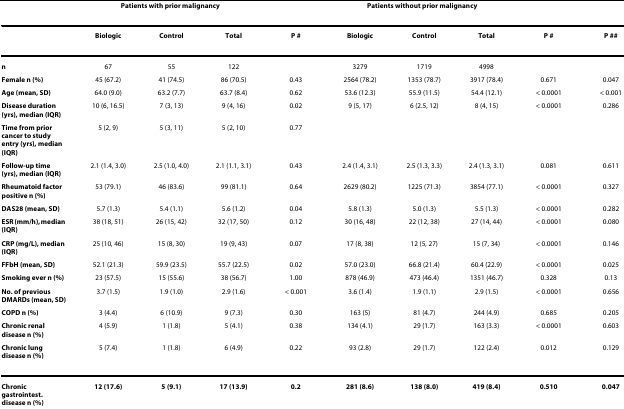
<table><thead><tr><td></td><td colspan="3"><b>Patients with prior malignancy</b></td><td></td><td colspan="3"><b>Patients without prior malignancy</b></td><td></td><td></td></tr></thead><tbody><tr><td></td><td><b>Biologic</b></td><td><b>Control</b></td><td><b>Total</b></td><td><b><i>P </i>#</b></td><td><b>Biologic</b></td><td><b>Control</b></td><td><b>Total</b></td><td><b><i>P </i>#</b></td><td><b><i>P </i>##</b></td></tr><tr><td><b>n</b></td><td>67</td><td>55</td><td>122</td><td></td><td>3279</td><td>1719</td><td>4998</td><td></td><td></td></tr><tr><td><b>Female n (%)</b></td><td>45 (67.2)</td><td>41 (74.5)</td><td>86 (70.5)</td><td>0.43</td><td>2564 (78.2)</td><td>1353 (78.7)</td><td>3917 (78.4)</td><td>0.671</td><td>0.047</td></tr><tr><td><b>Age (mean, SD)</b></td><td>64.0 (9.0)</td><td>63.2 (7.7)</td><td>63.7 (8.4)</td><td>0.62</td><td>53.6 (12.3)</td><td>55.9 (11.5)</td><td>54.4 (12.1)</td><td>&lt; 0.0001</td><td>&lt; 0.001</td></tr><tr><td><b>Disease duration (yrs), median (IQR)</b></td><td>10 (6, 16.5)</td><td>7 (3, 13)</td><td>9 (4, 16)</td><td>0.02</td><td>9 (5, 17)</td><td>6 (2.5, 12)</td><td>8 (4, 15)</td><td>&lt; 0.0001</td><td>0.286</td></tr><tr><td><b>Time from prior cancer to study entry (yrs), median (IQR)</b></td><td>5 (2, 9)</td><td>5 (3, 11)</td><td>5 (2, 10)</td><td>0.77</td><td></td><td></td><td></td><td></td><td></td></tr><tr><td><b>Follow-up time (yrs), median (IQR)</b></td><td>2.1 (1.4, 3.0)</td><td>2.5 (1.0, 4.0)</td><td>2.1 (1.1, 3.1)</td><td>0.43</td><td>2.4 (1.4, 3.1)</td><td>2.5 (1.3, 3.3)</td><td>2.4 (1.3, 3.1)</td><td>0.081</td><td>0.611</td></tr><tr><td><b>Rheumatoid factor positive n (%)</b></td><td>53 (79.1)</td><td>46 (83.6)</td><td>99 (81.1)</td><td>0.64</td><td>2629 (80.2)</td><td>1225 (71.3)</td><td>3854 (77.1)</td><td>&lt; 0.0001</td><td>0.327</td></tr><tr><td><b>DAS28 (mean, SD)</b></td><td>5.7 (1.3)</td><td>5.4 (1.1)</td><td>5.6 (1.2)</td><td>0.04</td><td>5.8 (1.3)</td><td>5.0 (1.3)</td><td>5.5 (1.3)</td><td>&lt; 0.0001</td><td>0.282</td></tr><tr><td><b>ESR (mm/h), median (IQR)</b></td><td>38 (18, 51)</td><td>26 (15, 42)</td><td>32 (17, 50)</td><td>0.12</td><td>30 (16, 48)</td><td>22 (12, 38)</td><td>27 (14, 44)</td><td>&lt; 0.0001</td><td>0.080</td></tr><tr><td><b>CRP (mg/L), median (IQR)</b></td><td>25 (10, 46)</td><td>15 (8, 30)</td><td>19 (9, 43)</td><td>0.07</td><td>17 (8, 38)</td><td>12 (5, 27)</td><td>15 (7, 34)</td><td>&lt; 0.0001</td><td>0.146</td></tr><tr><td><b>FFbH (mean, SD)</b></td><td>52.1 (21.3)</td><td>59.9 (23.5)</td><td>55.7 (22.5)</td><td>0.02</td><td>57.0 (23.0)</td><td>66.8 (21.4)</td><td>60.4 (22.9)</td><td>&lt; 0.0001</td><td>0.025</td></tr><tr><td><b>Smoking ever n (%)</b></td><td>23 (57.5)</td><td>15 (55.6)</td><td>38 (56.7)</td><td>1.00</td><td>878 (46.9)</td><td>473 (46.4)</td><td>1351 (46.7)</td><td>0.328</td><td>0.13</td></tr><tr><td><b>No. of previous DMARDs (mean, SD)</b></td><td>3.7 (1.5)</td><td>1.9 (1.0)</td><td>2.9 (1.6)</td><td>&lt; 0.001</td><td>3.6 (1.4)</td><td>1.9 (1.1)</td><td>2.9 (1.5)</td><td>&lt; 0.0001</td><td>0.656</td></tr><tr><td><b>COPD n (%)</b></td><td>3 (4.4)</td><td>6 (10.9)</td><td>9 (7.3)</td><td>0.30</td><td>163 (5)</td><td>81 (4.7)</td><td>244 (4.9)</td><td>0.685</td><td>0.205</td></tr><tr><td><b>Chronic renal disease n (%)</b></td><td>4 (5.9)</td><td>1 (1.8)</td><td>5 (4.1)</td><td>0.38</td><td>134 (4.1)</td><td>29 (1.7)</td><td>163 (3.3)</td><td>&lt; 0.0001</td><td>0.603</td></tr><tr><td><b>Chronic lung disease n (%)</b></td><td>5 (7.4)</td><td>1 (1.8)</td><td>6 (4.9)</td><td>0.22</td><td>93 (2.8)</td><td>29 (1.7)</td><td>122 (2.4)</td><td>0.012</td><td>0.129</td></tr><tr><td><b>Chronic gastrointest. disease n (%)</b></td><td><b>12 (17.6)</b></td><td><b>5 (9.1)</b></td><td><b>17 (13.9)</b></td><td><b>0.2</b></td><td><b>281 (8.6)</b></td><td><b>138 (8.0)</b></td><td><b>419 (8.4)</b></td><td><b>0.510</b></td><td><b>0.047</b></td></tr></tbody></table>